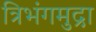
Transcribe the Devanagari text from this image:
त्रिभंगमुद्रा